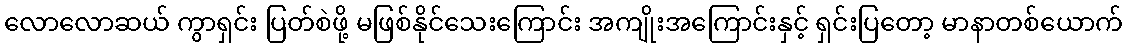
လောလောဆယ် ကွာရှင်း ပြတ်စဲဖို့ မဖြစ်နိုင်သေးကြောင်း အကျိုးအကြောင်းနှင့် ရှင်းပြတော့ မာနာတစ်ယောက်